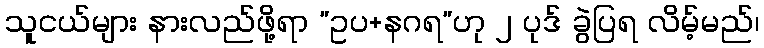
သူငယ်များ နားလည်ဖို့ရာ ”ဥပ+နဂရ”ဟု ၂ ပုဒ် ခွဲပြရ လိမ့်မည်၊